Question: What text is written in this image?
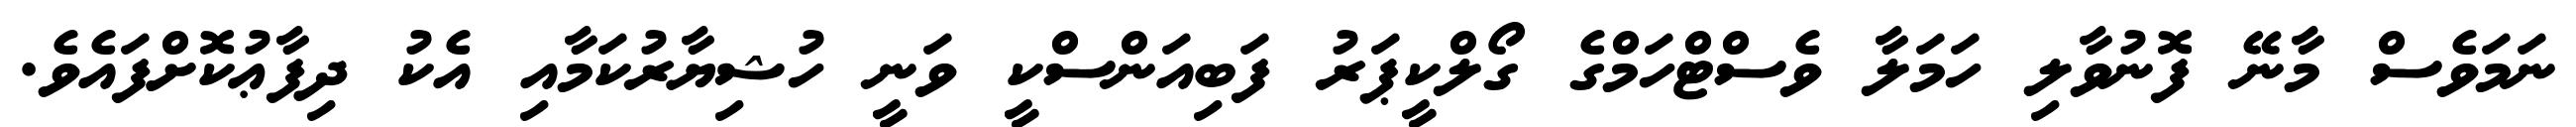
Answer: ނަމަވެސް މާނޭ ފޮނުވާލި ހަމަލާ ވެސްޓްހަމްގެ ގޯލްކީޕަރު ފަބިއަންސްކީ ވަނީ ހުޝިޔާރުކަމާއި އެކު ދިފާޢުކޮށްފައެވެ.